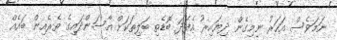
ނަމަވެސް އަހަރު ނިމިގެން ދިޔައިރު އެފަދަ ބޮޑެތި ބަލިތަކަށް އާސަންދައިގެ ތެރެއިން ބައެއް